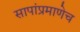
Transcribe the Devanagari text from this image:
सापांप्रमाणेच